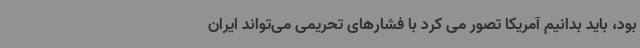
بود، باید بدانیم آمریکا تصور می کرد با فشارهای تحریمی می‌تواند ایران